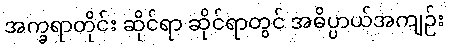
အက္ခရာတိုင်း ဆိုင်ရာ ဆိုင်ရာတွင် အဓိပ္ပာယ်အကျဉ်း